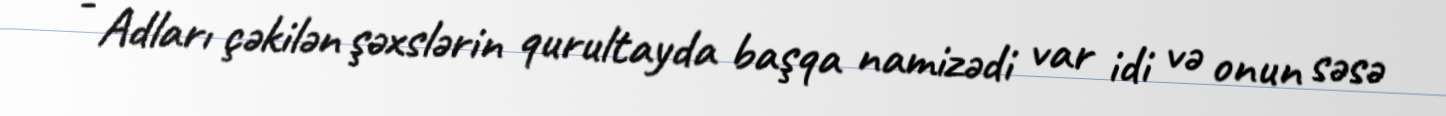
- Adları çəkilən şəxslərin qurultayda başqa namizədi var idi və onun səsə